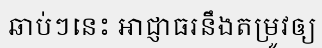
ឆាប់ៗនេះ អាជ្ញាធរនឹងតម្រូវឲ្យ